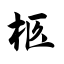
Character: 柩